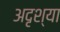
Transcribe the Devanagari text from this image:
अदृश्या